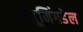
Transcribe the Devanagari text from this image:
ब्लूमिंगडेल